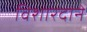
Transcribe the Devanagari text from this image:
विशारदाने